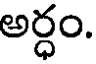
అర్ధం.